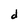
Character: d